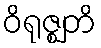
ဝိရုဇ္ဈတိ